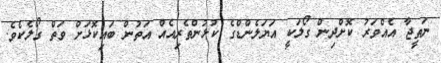
ނަތީޖާ އެއްވަރު ކޮށްދިން ގޯލަކީ އަޔަލެންޑްގެ ކުޅުންތެރިއެއް އަތުން ބައިކޮޅަށް ވަތް ގޯލެކެވެ.